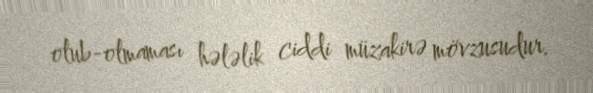
olub-olmaması hələlik ciddi müzakirə mövzusudur.